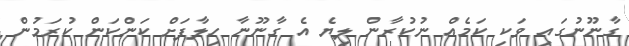
ގާނޫނުގައި ވަކި ކަމެއް ނުކުރާން ލިޔެ އެ ގާނޫނާ ހިލާފަށް ކަންކަން ކުރަމުން